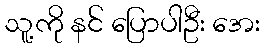
သူ့ကို နင် ပြောပါဦး အေး